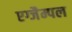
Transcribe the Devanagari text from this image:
एग्जैम्पल